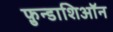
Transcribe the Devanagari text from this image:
फ़ुन्डाशिऑन